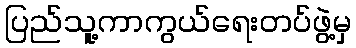
ပြည်သူ့ကာကွယ်ရေးတပ်ဖွဲ့မှ